Vaccination in the Punjab 1919-1929 - 1919-1929
Year: 1919
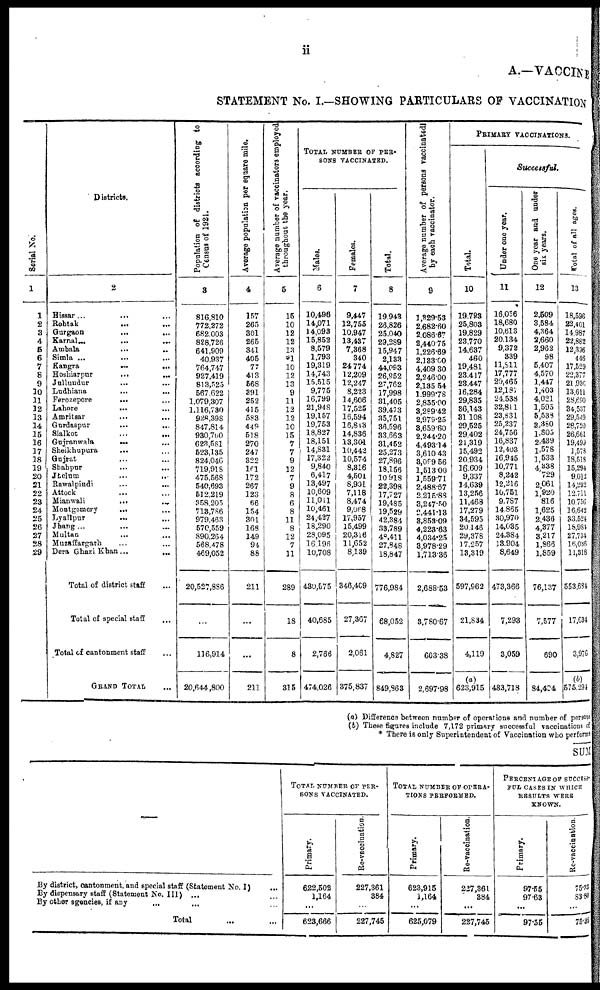
ii
A.—VACCINE
STATEMENT No. I.—SHOWING PARTICULARS OF VACCINATION
Serial No.
1
1
2
3
4
5
6
7
8
9
10
11
12
13
14
15
16
17
18
19
20
21
22
23
24
25
26
27
28
29
Districts.
2
Hissar ... ... ...
Rohtak ... ... ...
Gurgaon
...
... ...
Karnal...
...
... ...
Ambala ... ... ...
Simla ... ... ...
Kangra
...
...
...
Hoshiarpur
...
... ...
Jullundur ... ... ...
Ludhiana ... ... ...
Ferozepore
... ... ...
Lahore
... ... ...
Amritsar ... ... ...
Gurdaspur ... ... ...
Sialkot ... ... ...
Gujranwala
... ... ...
Sheikhupura ... ... ...
Gujrat ... ... ...
Shahpur ... ... ...
Jhelum
...
...
...
Rawalpindi ... ... ...
Attock ... ... ...
Mianwali
...
... ...
Montgomery
... ... ...
Lyallpur ... ... ...
Jhang ... ... ...
Multan ... ... ...
Muzaffargarh ... ... ...
Dera Ghazi Khan ...
...
Total of district staff ...
Total of special staff ...
Total of cantonment staff
GRAND TOTAL ...
Population of districts according to
Census of 1921.
3
816,810
772,272
682,003
828,726
641,909
40,937
764,747
927,419
813,525
567,622
1,079,307
1,116,730
928,398
847,814
930,700
623,581
523,135
824,046
719,918
475,568
540,693
512,219
358,205
713,786
979,463
570,559
890,264
568,478
469,052
20,527,886
116,914
20,644,800
Average population per square mile.
4
157
265
301
265
341
405
77
413
568
391
252
415
583
449
518
270
247
322
161
172
267
123
66
154
301
168
149
94
88
211
211
Average number of vaccinators employed
throughout the year.
5
15
10
12
12
13
*1
10
12
13
9
11
12
12
10
15
7
7
9
12
7
9
8
6
8
11
8
12
7
11
289
18
8
315
TOTAL NUMBER OF PER¬
SONS VACCINATED.
Males.
6
10,496
14,071
14,093
15,852
8,579
1,793
19,319
14,743
15,515
9,775
16,799
21,948
19,157
19,753
18,827
18,151
14,831
17,322
9,840
6,417
13,497
10,609
11,011
10,461
24,427
18,290
28,095
16,196
10,708
430,575
40,685
2,766
474,026
Females.
7
9,447
12,755
10,947
13,437
7,368
340
24,774
12,209
12,247
8,223
14,606
17,525
16,594
16,813
14,836
13,301
10,442
10,574
8,316
4,501
8,901
7,118
8,474
9,068
17,957
15,499
20,316
11,652
8,139
346,409
27,367
2,061
375,837
Total.
8
19,943
26,826
25,040
29,289
15,947
2,133
44,093
26,952
27,762
17,998
31,405
39,473
35,751
36,596
33,663
31,452
25,273
27,896
18,156
10,918
22,398
17,727
19,485
19,529
42,384
33,789
48,411
27,848
18,847
776,984
68,052
4,827
849,863
Average number of persons vaccinated
by each vaccinator.
9
1,329.53
2,682.60
2,086.57
2,440.75
1,226.69
2,133.00
4,409.30
2,246.00
2,135.54
1,999.78
2,855.00
3,289.42
2,979.25
3,659.60
2,244.20
4,493.14
3,610.43
3,099.56
1,513.00
1,559.71
2,488.67
2,215.88
3,247.50
2,441.18
8,853.09
4,223.63
4,034.25
3,978.29
1,713.36
2,688.53
3,780.67
603.38
2,697.98
PRIMARY VACCINATIONS.
Total.
10
19,783
25,803
19,829
23,770
14,637
460
19,481
23,417
23,447
16,284
29,835
36,143
31,108
29,525
29,402
21,319
15,492
20,934
16,609
9,337
14,639
13,256
11,468
17,279
34,595
20,146
29,378
17,257
13,319
597,962
21,834
4,119
(a)
623,915
Successful.
Under one year.
11
16,056
18,680
10,613
20,134
9,372
339
11,811
17,777
20,465
12,181
24,538
32,811
23,831
25,237
24,756
16,837
12,403
16,945
10,771
8,242
12,216
10,751
9,787
14,855
30,970
14,035
24,384
13,904
8,649
473,366
7,293
3,059
483,718
One year and under
six years.
12
2,509
3,584
4,364
2,660
2,962
98
5,407
4,570
1,447
1,403
4,021
1,595
5,533
3,380
1,805
2,489
1,578
1,533
4,338
729
2,061
1,920
816
1,625
2,436
4,377
3,217
1,866
1,859
76,137
7,577
690
84,404
Total of all ages.
13
18,596
22,401
14,987
22,882
12,396
446
17,529
22,377
21,930
13,611
28,690
34,537
29,549
28,720
26,661
19,499
1,573
18,518
15,294
9,012
14,292
12,711
10,756
16,642
33,524
18,984
27,734
15,086
11,318
553,684
17,634
3,976
(b)
575,294
(a) Difference between number of operations and number of perso
(b) These figures include 7,172 primary successful vaccinations
* There is only Superintendent of Vaccination who perfom
SUM
By district, cantonment, and special staff (Statement No. I) ...
By dispensary staff (Statement No. III) ... ...
By other agencies, if any
...
... ...
Total ...
TOTAL NUMBER OF PER-
SONS VACCINATED.
Primary.
622,502
1,164
...
623,666
Re-vaccination.
227,361
384
...
227,745
TOTAL NUMBER OF OPERA-
TIONS PERFORMED.
Primary.
623,915
1,164
...
625,079
Re-vaccination.
227,361
384
...
227,745
PERCENTAGE OF SUCCES¬
FUL CASES IN WHICH
RESULTS WERE
KNOWN.
Primary.
97.55
97.63
...
97.55
Re-vaccination.
75.3
83.8
...
75.3